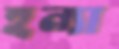
হন্যা